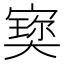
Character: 𡪪